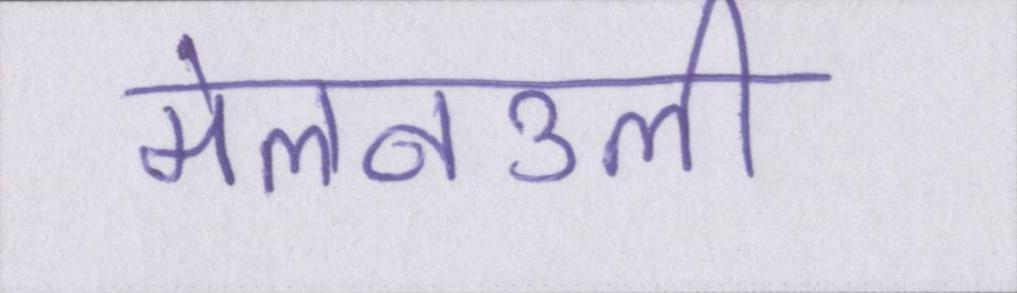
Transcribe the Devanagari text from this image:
मेलनउली